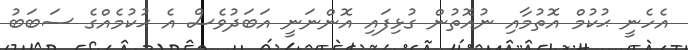
އެހެނީ ޙުކުމް އޮތުމާއި ނުއޮތުން ގުޅިފައި އޮންނަނީ އަބަދުވެސް އެ ޙުކުމެއްގެ ސަބަބު